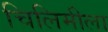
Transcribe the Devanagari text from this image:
चिलिमीला